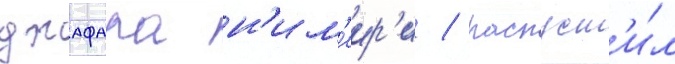
джафара н'им'еир'и / распуст'и́л